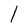
Character: l